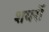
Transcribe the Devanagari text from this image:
शयरॊं